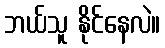
ဘယ်သူ နိုင်နေလဲ။